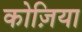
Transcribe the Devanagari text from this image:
कोज़िया